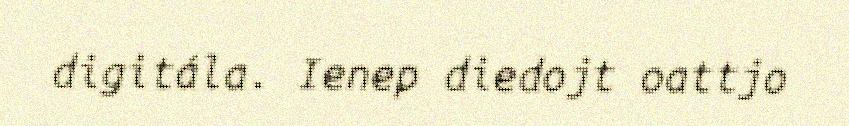
digitála. Ienep diedojt oattjo